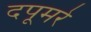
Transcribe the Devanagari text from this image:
दपूमरे